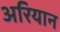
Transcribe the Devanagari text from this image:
अरियान